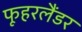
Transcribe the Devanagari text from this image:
फूहरलैंडर